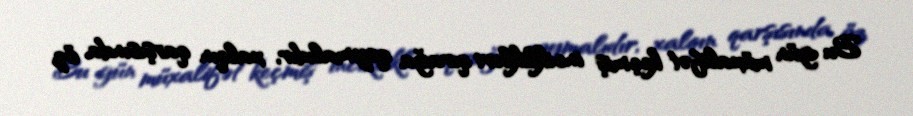
Bu gün müxalifət keçmiş inciklikləri qırağa qoymalıdır, xalqın qarşısında öz